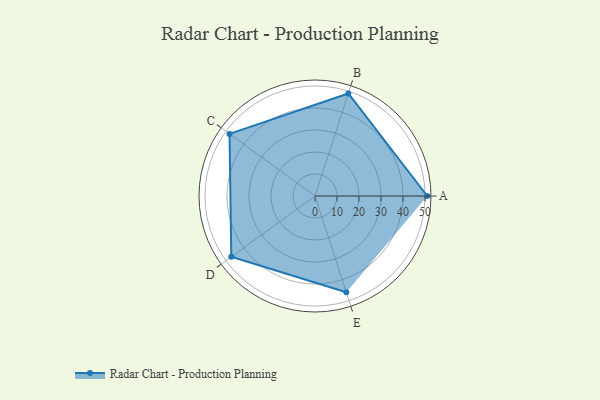
{"axis": {"x": "Skill", "y": "Score"}, "legend": ["Profile"], "data": [{"x": "A", "y": 51.0, "type": "Profile"}, {"x": "B", "y": 49.0, "type": "Profile"}, {"x": "C", "y": 48.0, "type": "Profile"}, {"x": "D", "y": 47.0, "type": "Profile"}, {"x": "E", "y": 46.0, "type": "Profile"}]}